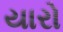
યારો